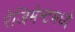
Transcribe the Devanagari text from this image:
रेजिमेन्टमध्ये